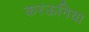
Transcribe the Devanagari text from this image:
करऊनिया